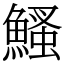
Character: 鰠